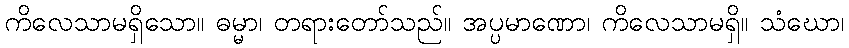
ကိလေသာမရှိသော။ ဓမ္မာ၊ တရားတော်သည်။ အပ္ပမာဏော၊ ကိလေသာမရှိ။ သံဃော၊